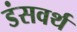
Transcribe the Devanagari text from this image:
डंसवर्थ